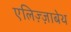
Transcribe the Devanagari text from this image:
एलिज़्ज़ाबेथ